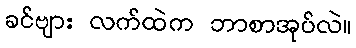
ခင်ဗျား လက်ထဲက ဘာစာအုပ်လဲ။